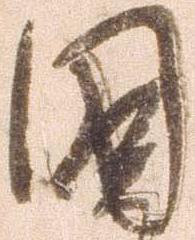
国